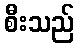
စီးသည်